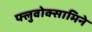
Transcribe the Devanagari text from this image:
फ्लुवोक्सामिने